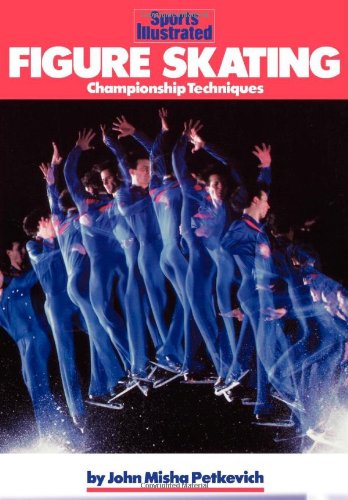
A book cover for Figure Skating: Championship Techniques (Sports Illustrated Winners Circle Books); John Misha Petkevich; Sports & Outdoors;